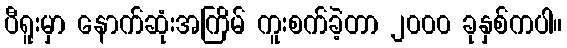
ပီရူးမှာ နောက်ဆုံးအကြိမ် ကူးစက်ခဲ့တာ ၂၀၀၀ ခုနှစ်ကပါ။